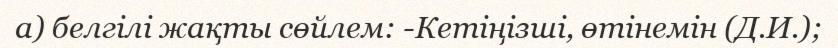
а) белгiлi жақты сөйлем: -Кетiңiзшi, өтiнемiн (Д.И.);